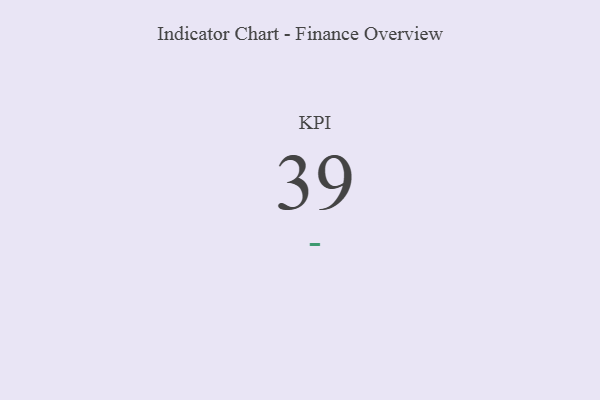
{"axis": {"x": "KPI", "y": "Value"}, "legend": [""], "data": [{"x": "KPI", "y": 39, "type": ""}]}